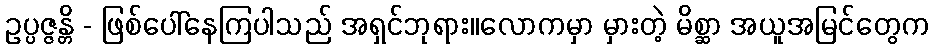
ဥပ္ပဇ္ဇန္တိ - ဖြစ်ပေါ်နေကြပါသည် အရှင်ဘုရား။လောကမှာ မှားတဲ့ မိစ္ဆာ အယူအမြင်တွေက